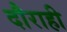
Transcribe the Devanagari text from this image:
दौराही